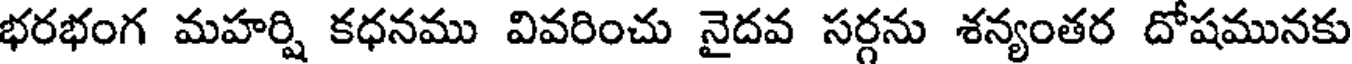
భరభంగ మహర్షి కధనము వివరించు నైదవ సర్గను శన్యంతర దోషమునకు